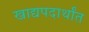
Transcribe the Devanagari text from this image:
खाद्यपदार्थांत